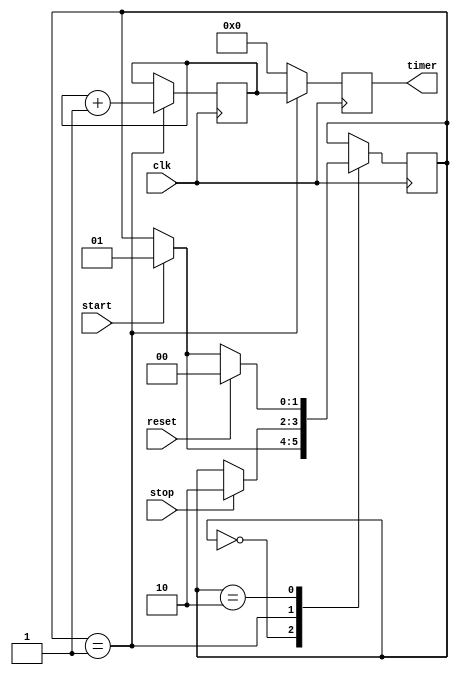
module Time_stamping_timer (
    input wire clk,
    input wire start,
    input wire stop,
    input wire reset,
    output reg [31:0] timer
);

reg [31:0] timer_reg;
reg [1:0] state;

always @(posedge clk) begin
    case(state)
        2'b00: begin // Idle state
            if(start)
                state <= 2'b01;
        end
        2'b01: begin // Running state
            timer_reg <= timer_reg + 1;
            if(stop)
                state <= 2'b10;
        end
        2'b10: begin // Stopped state
            if(start)
                state <= 2'b01;
            if(reset)
                state <= 2'b00;
        end
    endcase
end

always @(posedge clk) begin
    case(state)
        2'b01: begin
            timer <= timer_reg;
        end
        default: begin
            timer <= 0;
        end
    endcase
end

endmodule